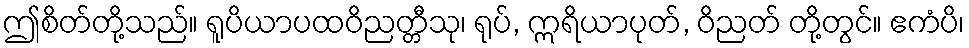
ဤစိတ်တို့သည်။ ရူပိယာပထဝိညတ္တီသု၊ ရုပ်, ဣရိယာပုတ်, ဝိညတ် တို့တွင်။ ဧကံပိ၊